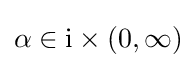
\alpha \in {\rm {i}}\times (0,\infty )